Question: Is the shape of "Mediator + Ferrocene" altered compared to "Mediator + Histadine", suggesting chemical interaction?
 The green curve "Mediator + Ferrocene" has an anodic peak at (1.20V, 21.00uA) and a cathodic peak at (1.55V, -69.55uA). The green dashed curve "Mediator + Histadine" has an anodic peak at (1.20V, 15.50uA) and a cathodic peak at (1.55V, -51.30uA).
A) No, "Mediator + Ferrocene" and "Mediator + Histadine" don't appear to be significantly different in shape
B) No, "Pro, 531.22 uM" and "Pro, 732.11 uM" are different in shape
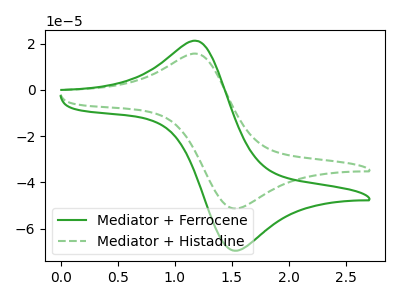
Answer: <think>All the peaks in "Mediator + Ferrocene" have a peak in "Mediator + Histadine" at the same potential. Every peak in "Mediator + Ferrocene" is higher than every peak in "Mediator + Histadine".
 </think>
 <answer>A) No, "Mediator + Ferrocene" and "Mediator + Histadine" don't appear to be significantly different in shape</answer>
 <eval>A</eval>